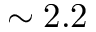
\sim 2 . 2